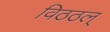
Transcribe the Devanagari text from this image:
विठठल्